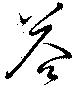
荅